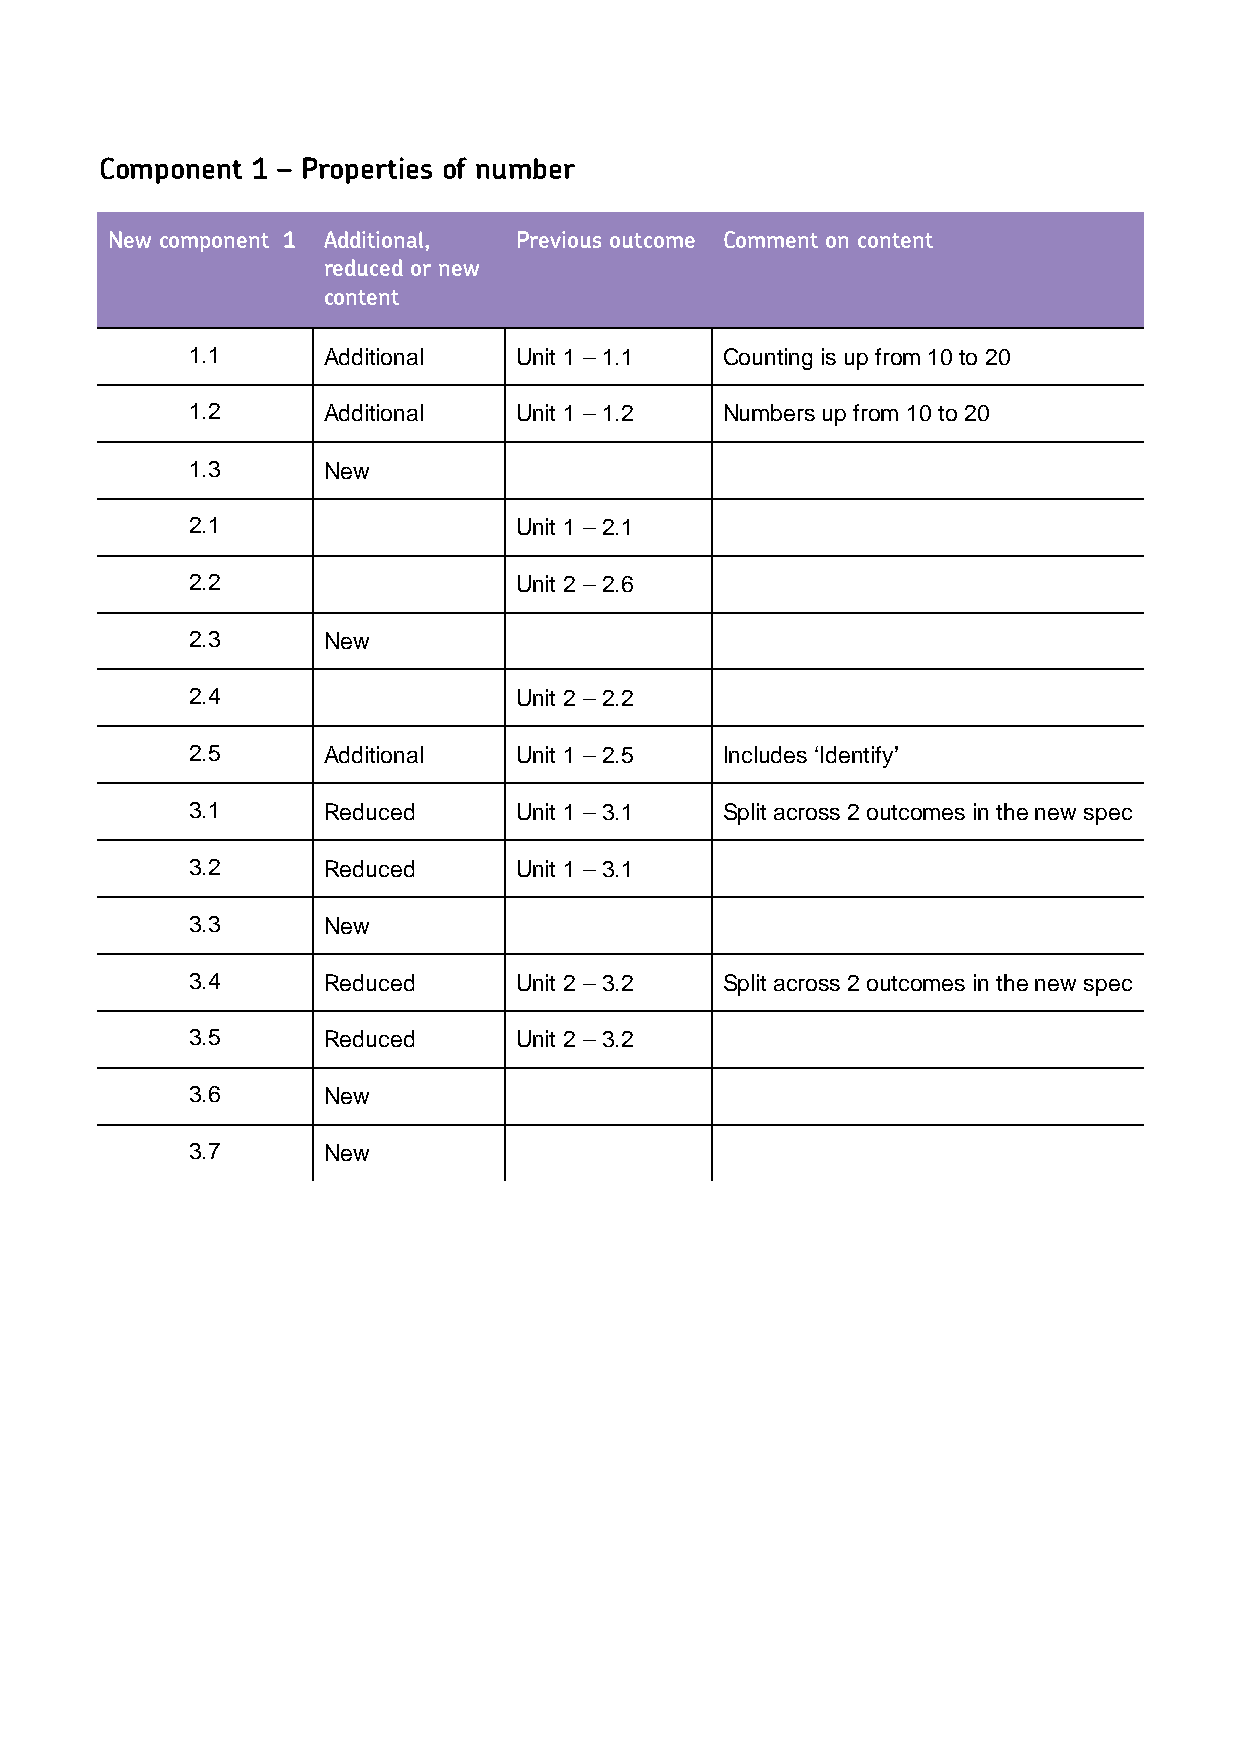
Component 1 – Properties of number
 New component 1 Additional, Previous outcome Comment on content
 reduced or new
 content
 1.1      Additional   Unit 1 – 1.1  Counting is up from 10 to 20
 1.2      Additional   Unit 1 – 1.2  Numbers up from 10 to 20
 1.3      New
 2.1                   Unit 1 – 2.1
 2.2                   Unit 2 – 2.6
 2.3      New
 2.4                   Unit 2 – 2.2
 2.5      Additional   Unit 1 – 2.5  Includes ‘Identify’
 3.1      Reduced      Unit 1 – 3.1  Split across 2 outcomes in the new spec
 3.2      Reduced      Unit 1 – 3.1
 3.3      New
 3.4      Reduced      Unit 2 – 3.2  Split across 2 outcomes in the new spec
 3.5      Reduced      Unit 2 – 3.2
 3.6      New
 3.7      New